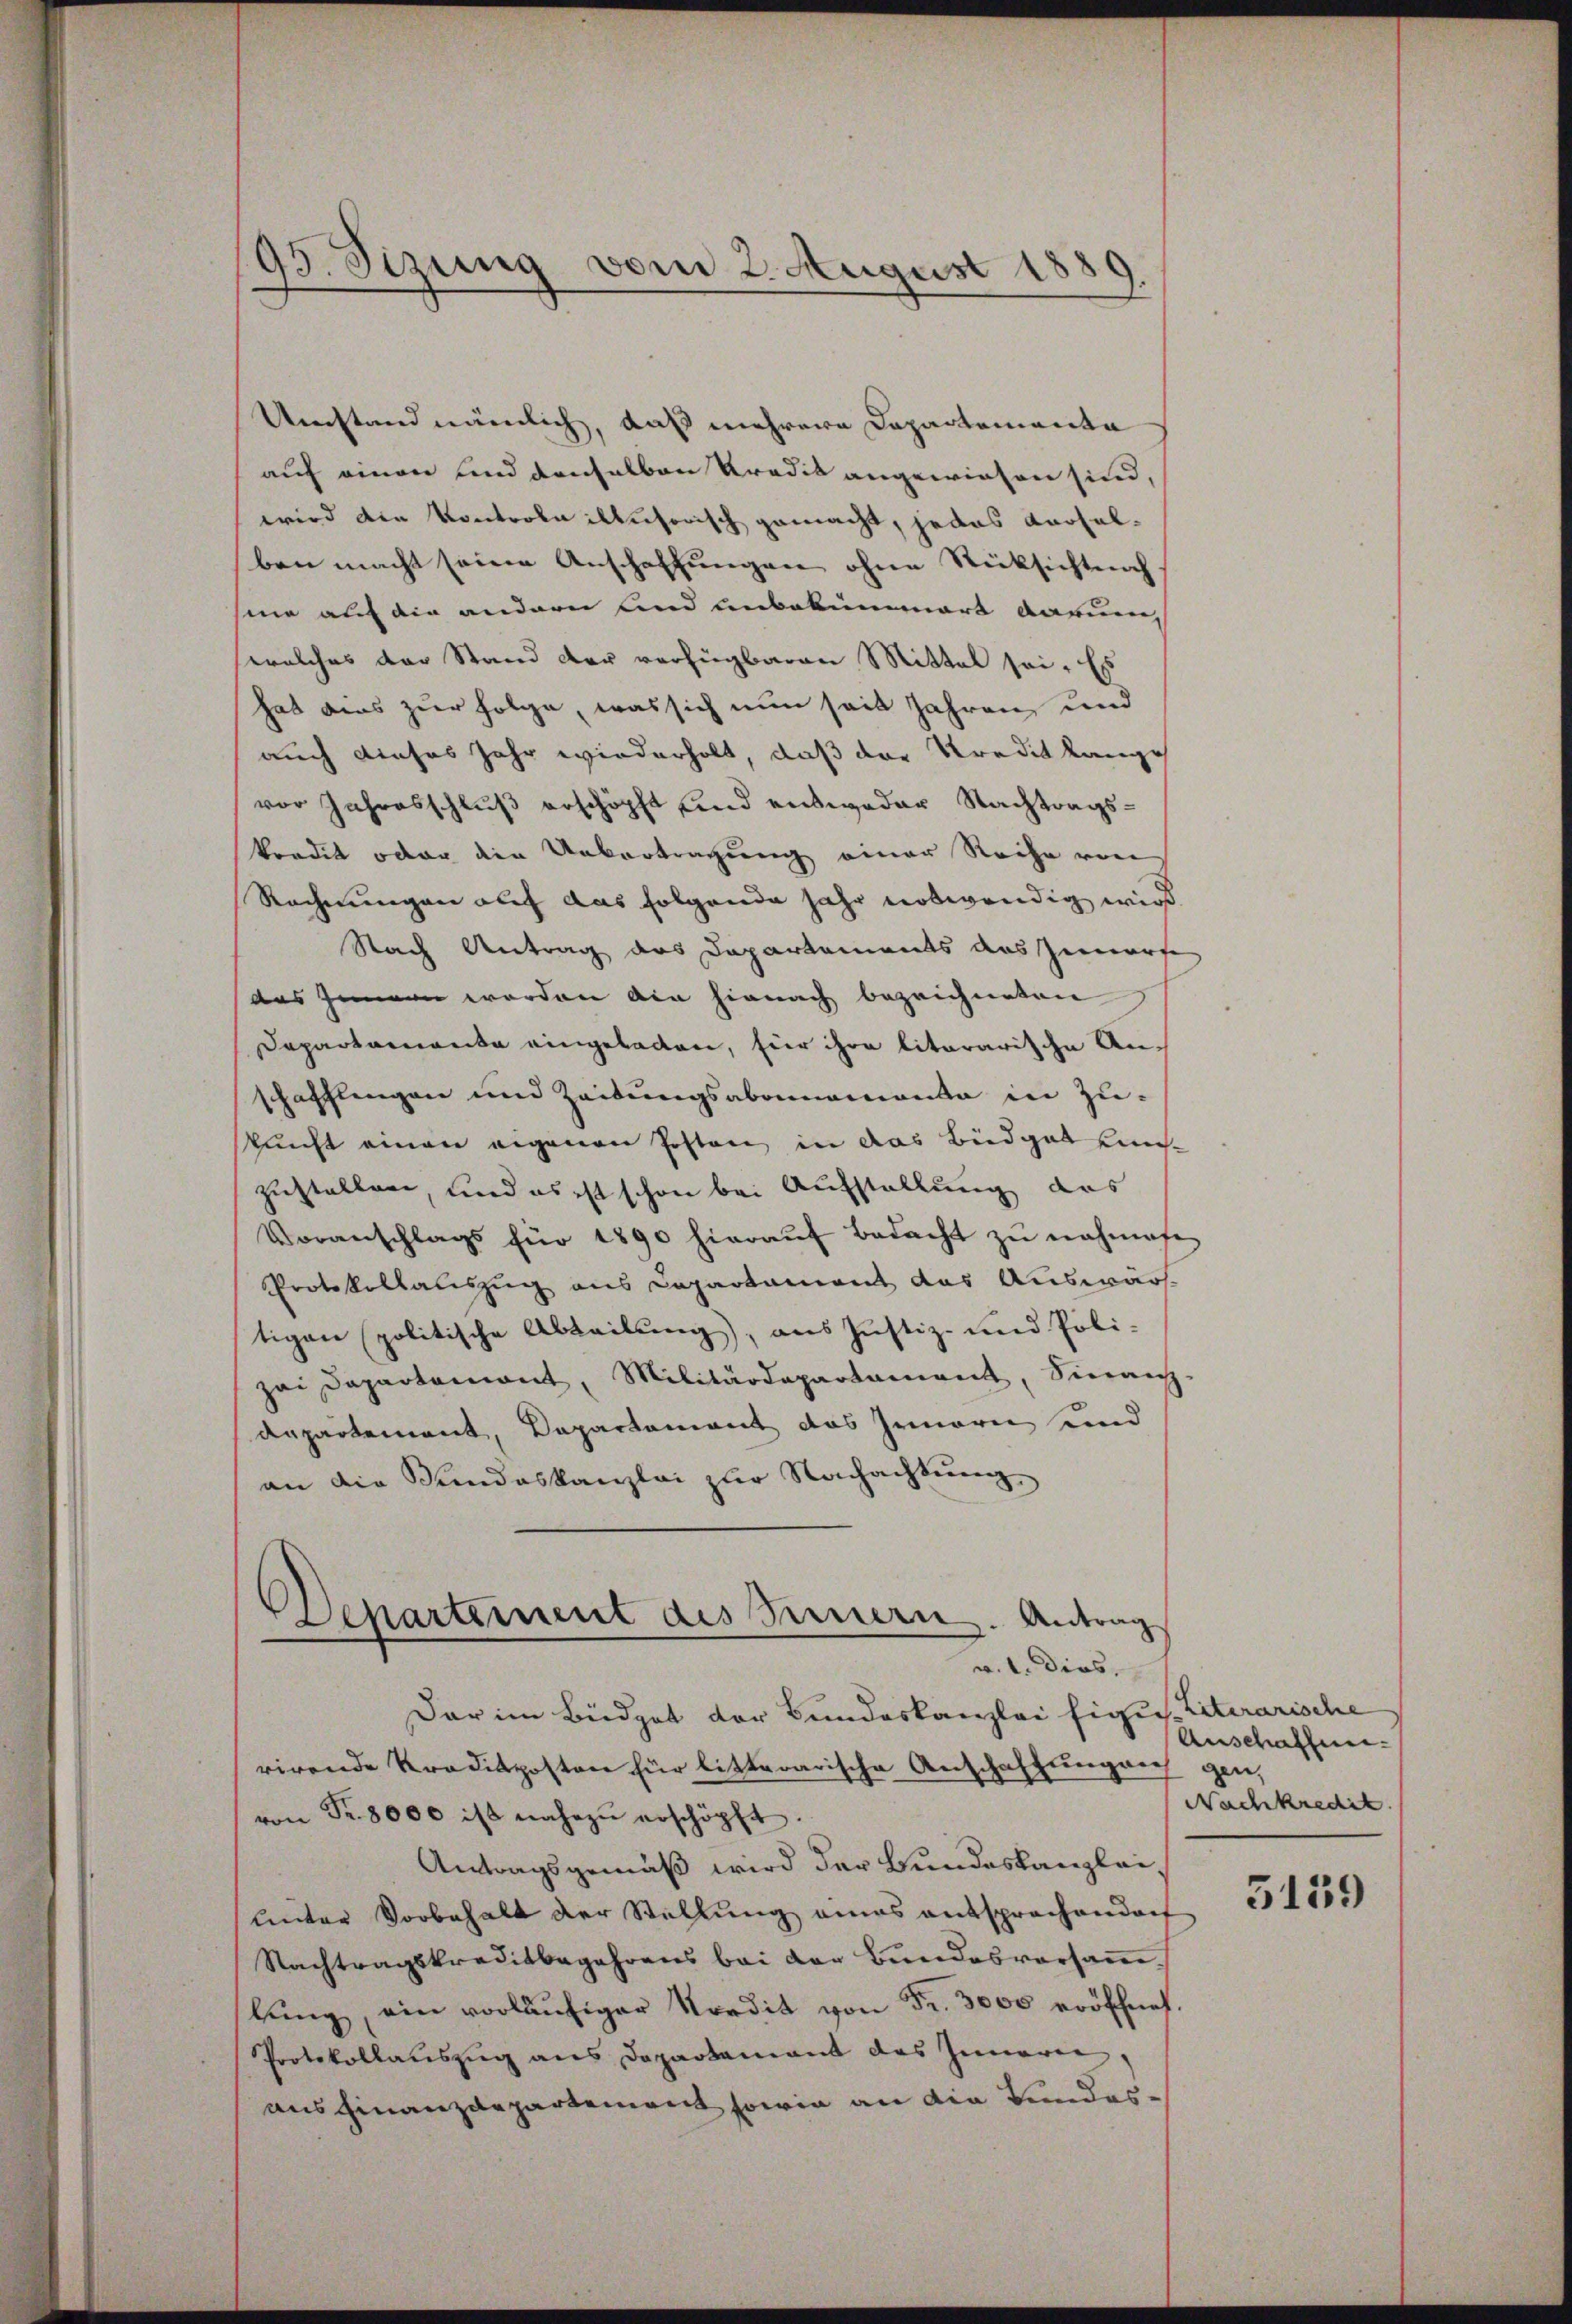
Umstand nämlich, daß mehrere Departementa
auf einen und denselben Kredit angewiesen sind,
wird die Kontrole illusorisch gemacht, jedes Karselben macht seine Anschaffungen ohne Rücksichtnah
sine auf die andern und unbekümmert darum,
welches der Stand der verfügbaren Mittel sei. Es
hat dies zur Folge, was sich nun seit Jahren, und
auch dieses Jahr wiederholt, daß der Predit lange
vor Jahresschluß erschöpft und entweder Nachtragskredit oder die Unvertragung einer Reihe von
Rechnungen auf das folgende Jahr notwendig wird.
Nach Antrag des Departements das Zimmerfe
das Zimmen worden ain hienach bezeichneten
Departemente eingeladen, für ihre litararische Anschafflingen und Zeitungsabonnementa in Zuskunft einen eigenen Posten in das Büdget einzustellen, und es ist schon bei Aufstellung das
Voranschlags für 1890 hieraŭf bedacht zŭ nahmase
Protokollatiszug aus Capartament das Auswärtigen politische Abteilung), aus Justiz- und Poli-
zai Departemont, Militärdepartament, Sinanz-
departement, Departement das Innern und
an die Stundeskanzlei zur Nachachtung
Separtement des Fernern. Antrag

95. Sizung vom 2. August 1889

v. l. dies

Dar im Büdget der Bundeskanzlei fige Literarische
rirende Praditposten für litterarische Anschaffungen gen,
von Fr. 8000 ist nahezu erschöpft.
Antragsgemäß wird der Bundeskanzlei,
unter Vorbehalt der Stellung eines entsprachendorf
Nachtragskreditbegehrens bei der Bundesversamlŭng, ein vorläŭfiger Nordit von Fr. 3000 eröffnet.
Protokollauszug aus Departement des Inneren,
ausfinanzdepartement sowie an die Bundes¬

Anschaften.
Nachkredit.

5139